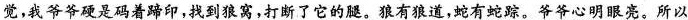
觉，我爷爷硬是码着蹄印，找到狼窝，打断了它的腿。狼有狼道，蛇有蛇踪，爷爷心明眼亮。所以